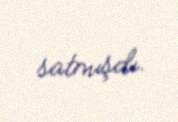
satmışdı.